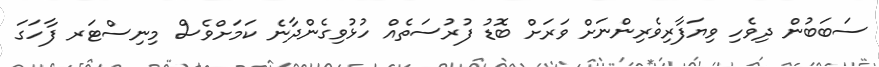
ސަބަބުން ދިވެހި ވިޔަފާރިވެރިންނަށް ވަރަށް ބޮޑު ފުރުސަތެއް ހުޅުވިގެންދާނެ ކަމަށްވެސް މިނިސްޓަރ ފާހަގަ